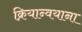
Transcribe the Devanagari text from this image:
क्रियान्वयाना